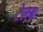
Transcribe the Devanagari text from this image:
टेलय